Bréfritari: Þórunn Pálsdóttir
Viðtakandi: Páll Pálsson
Dagsetning: A-18xx-07-11
Skrifað á: Hallfreðarstöðum  N-Múl.
Páll var bróðir Þórunnar

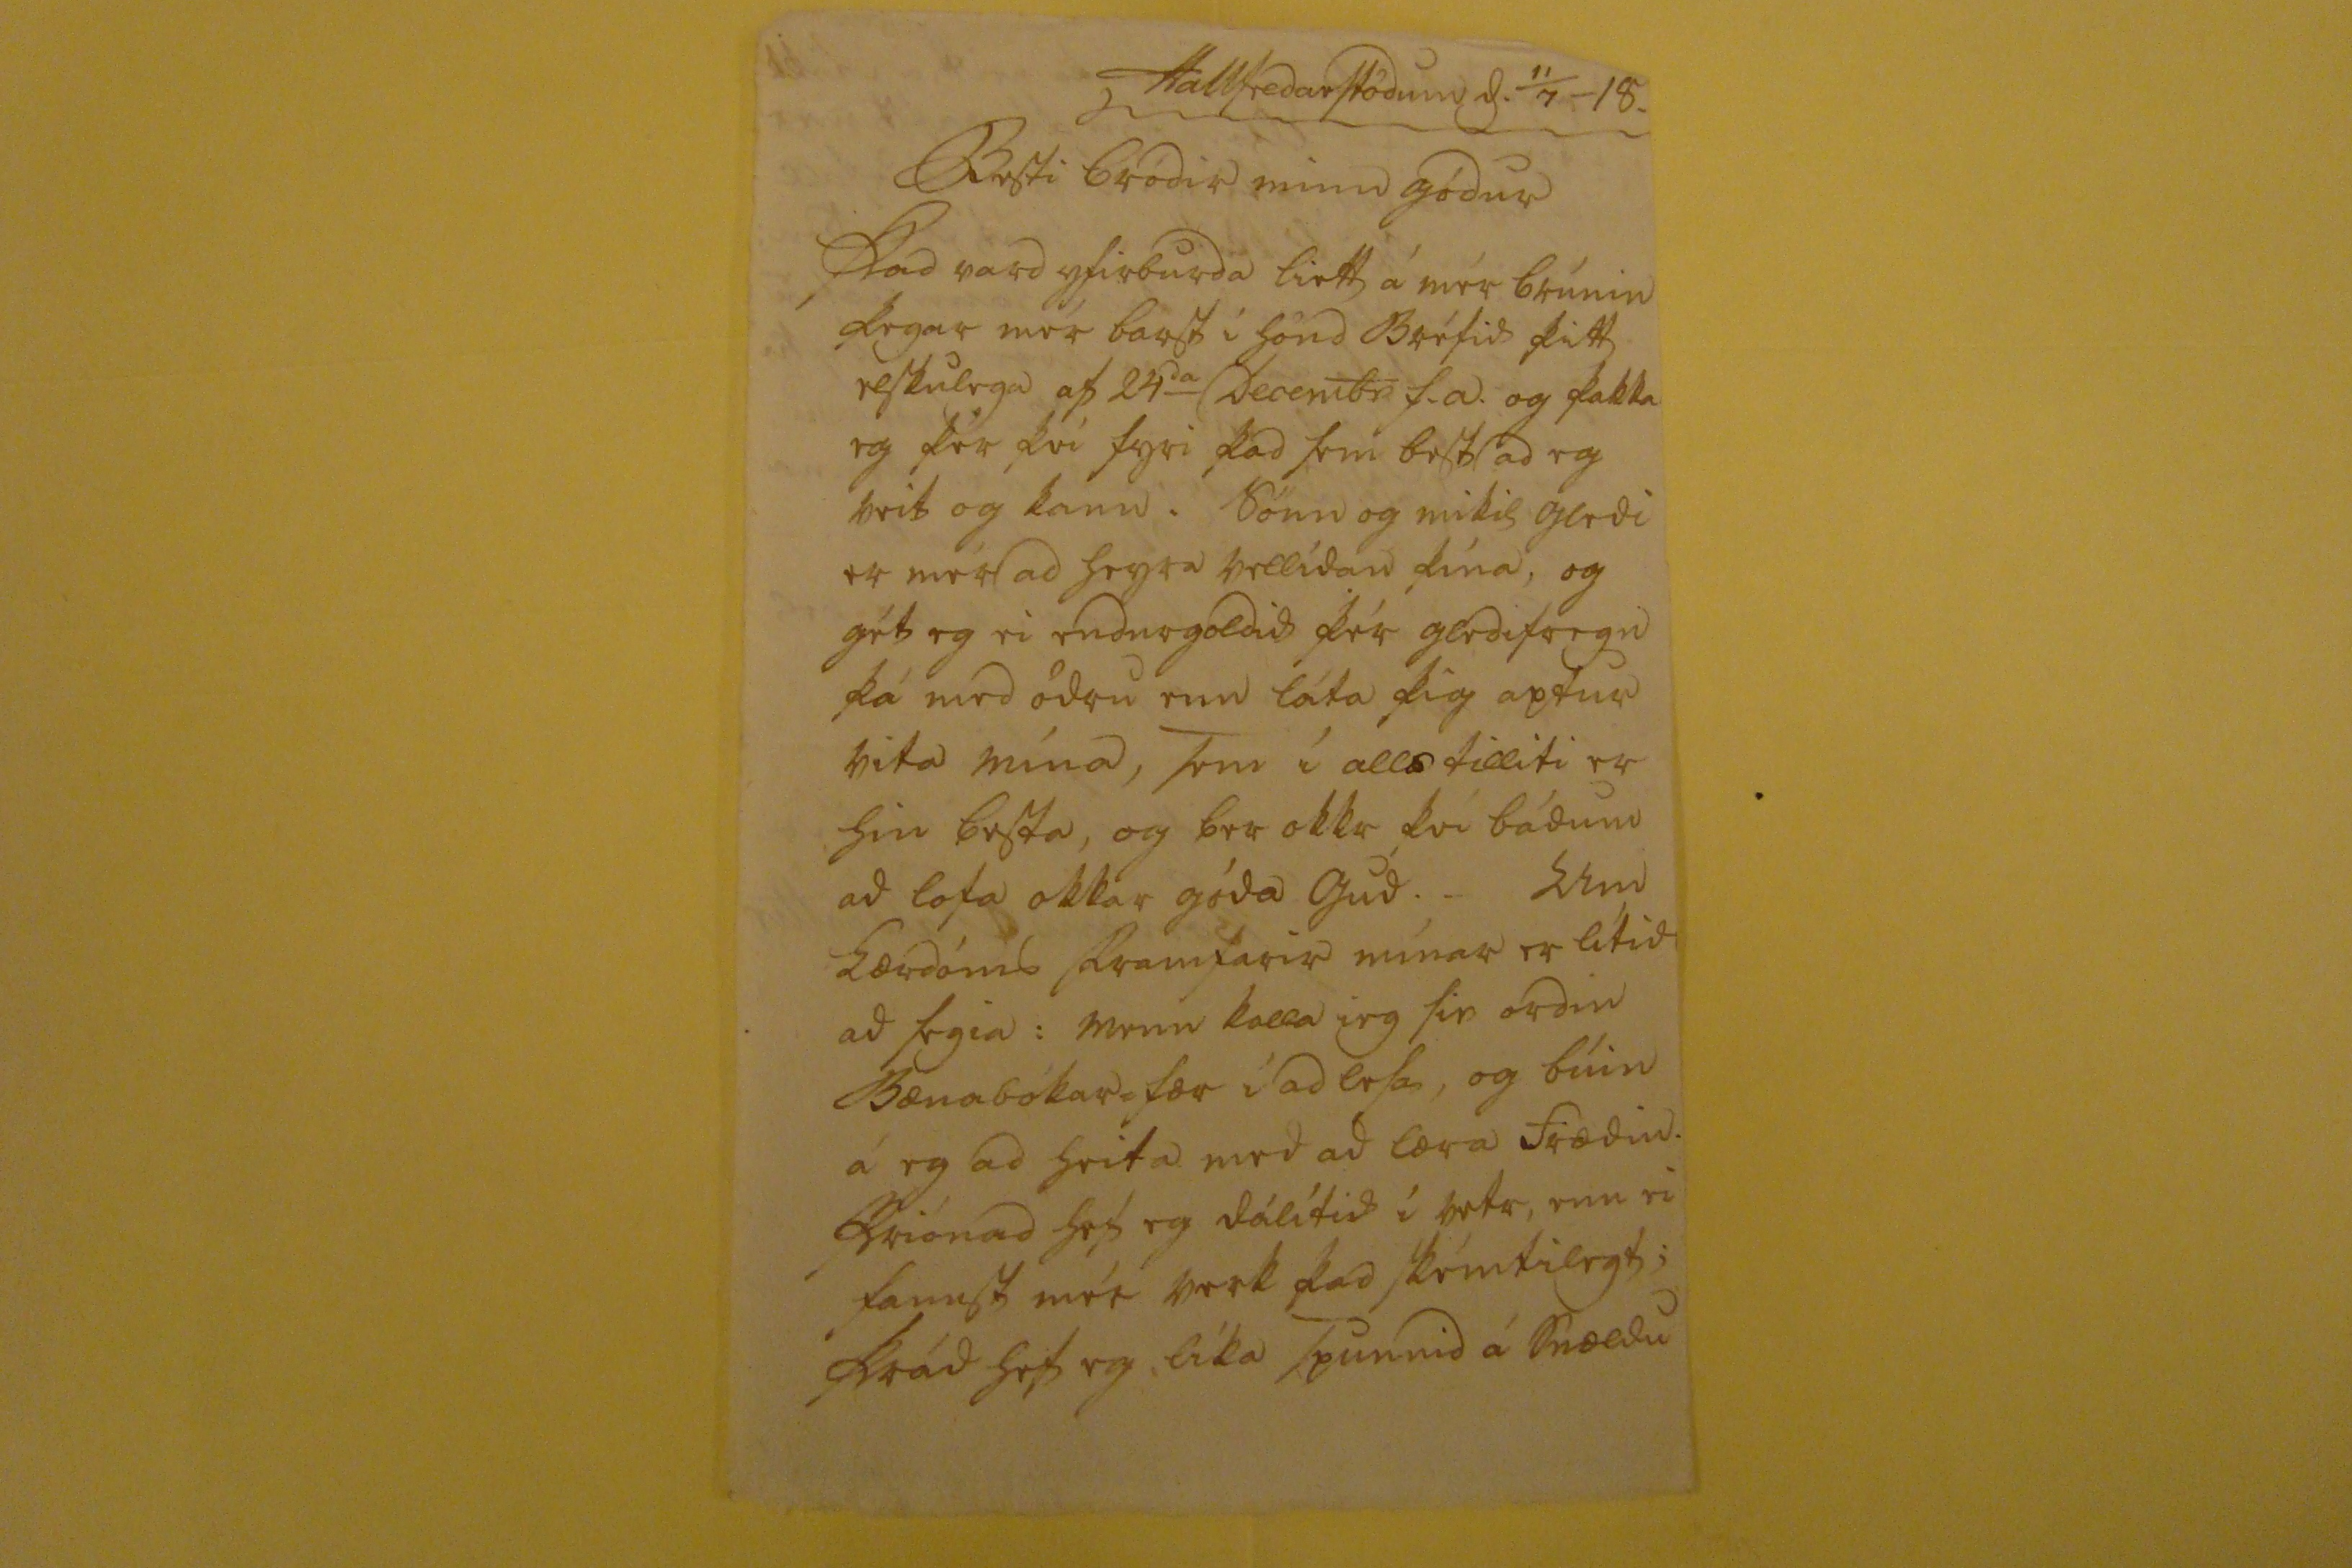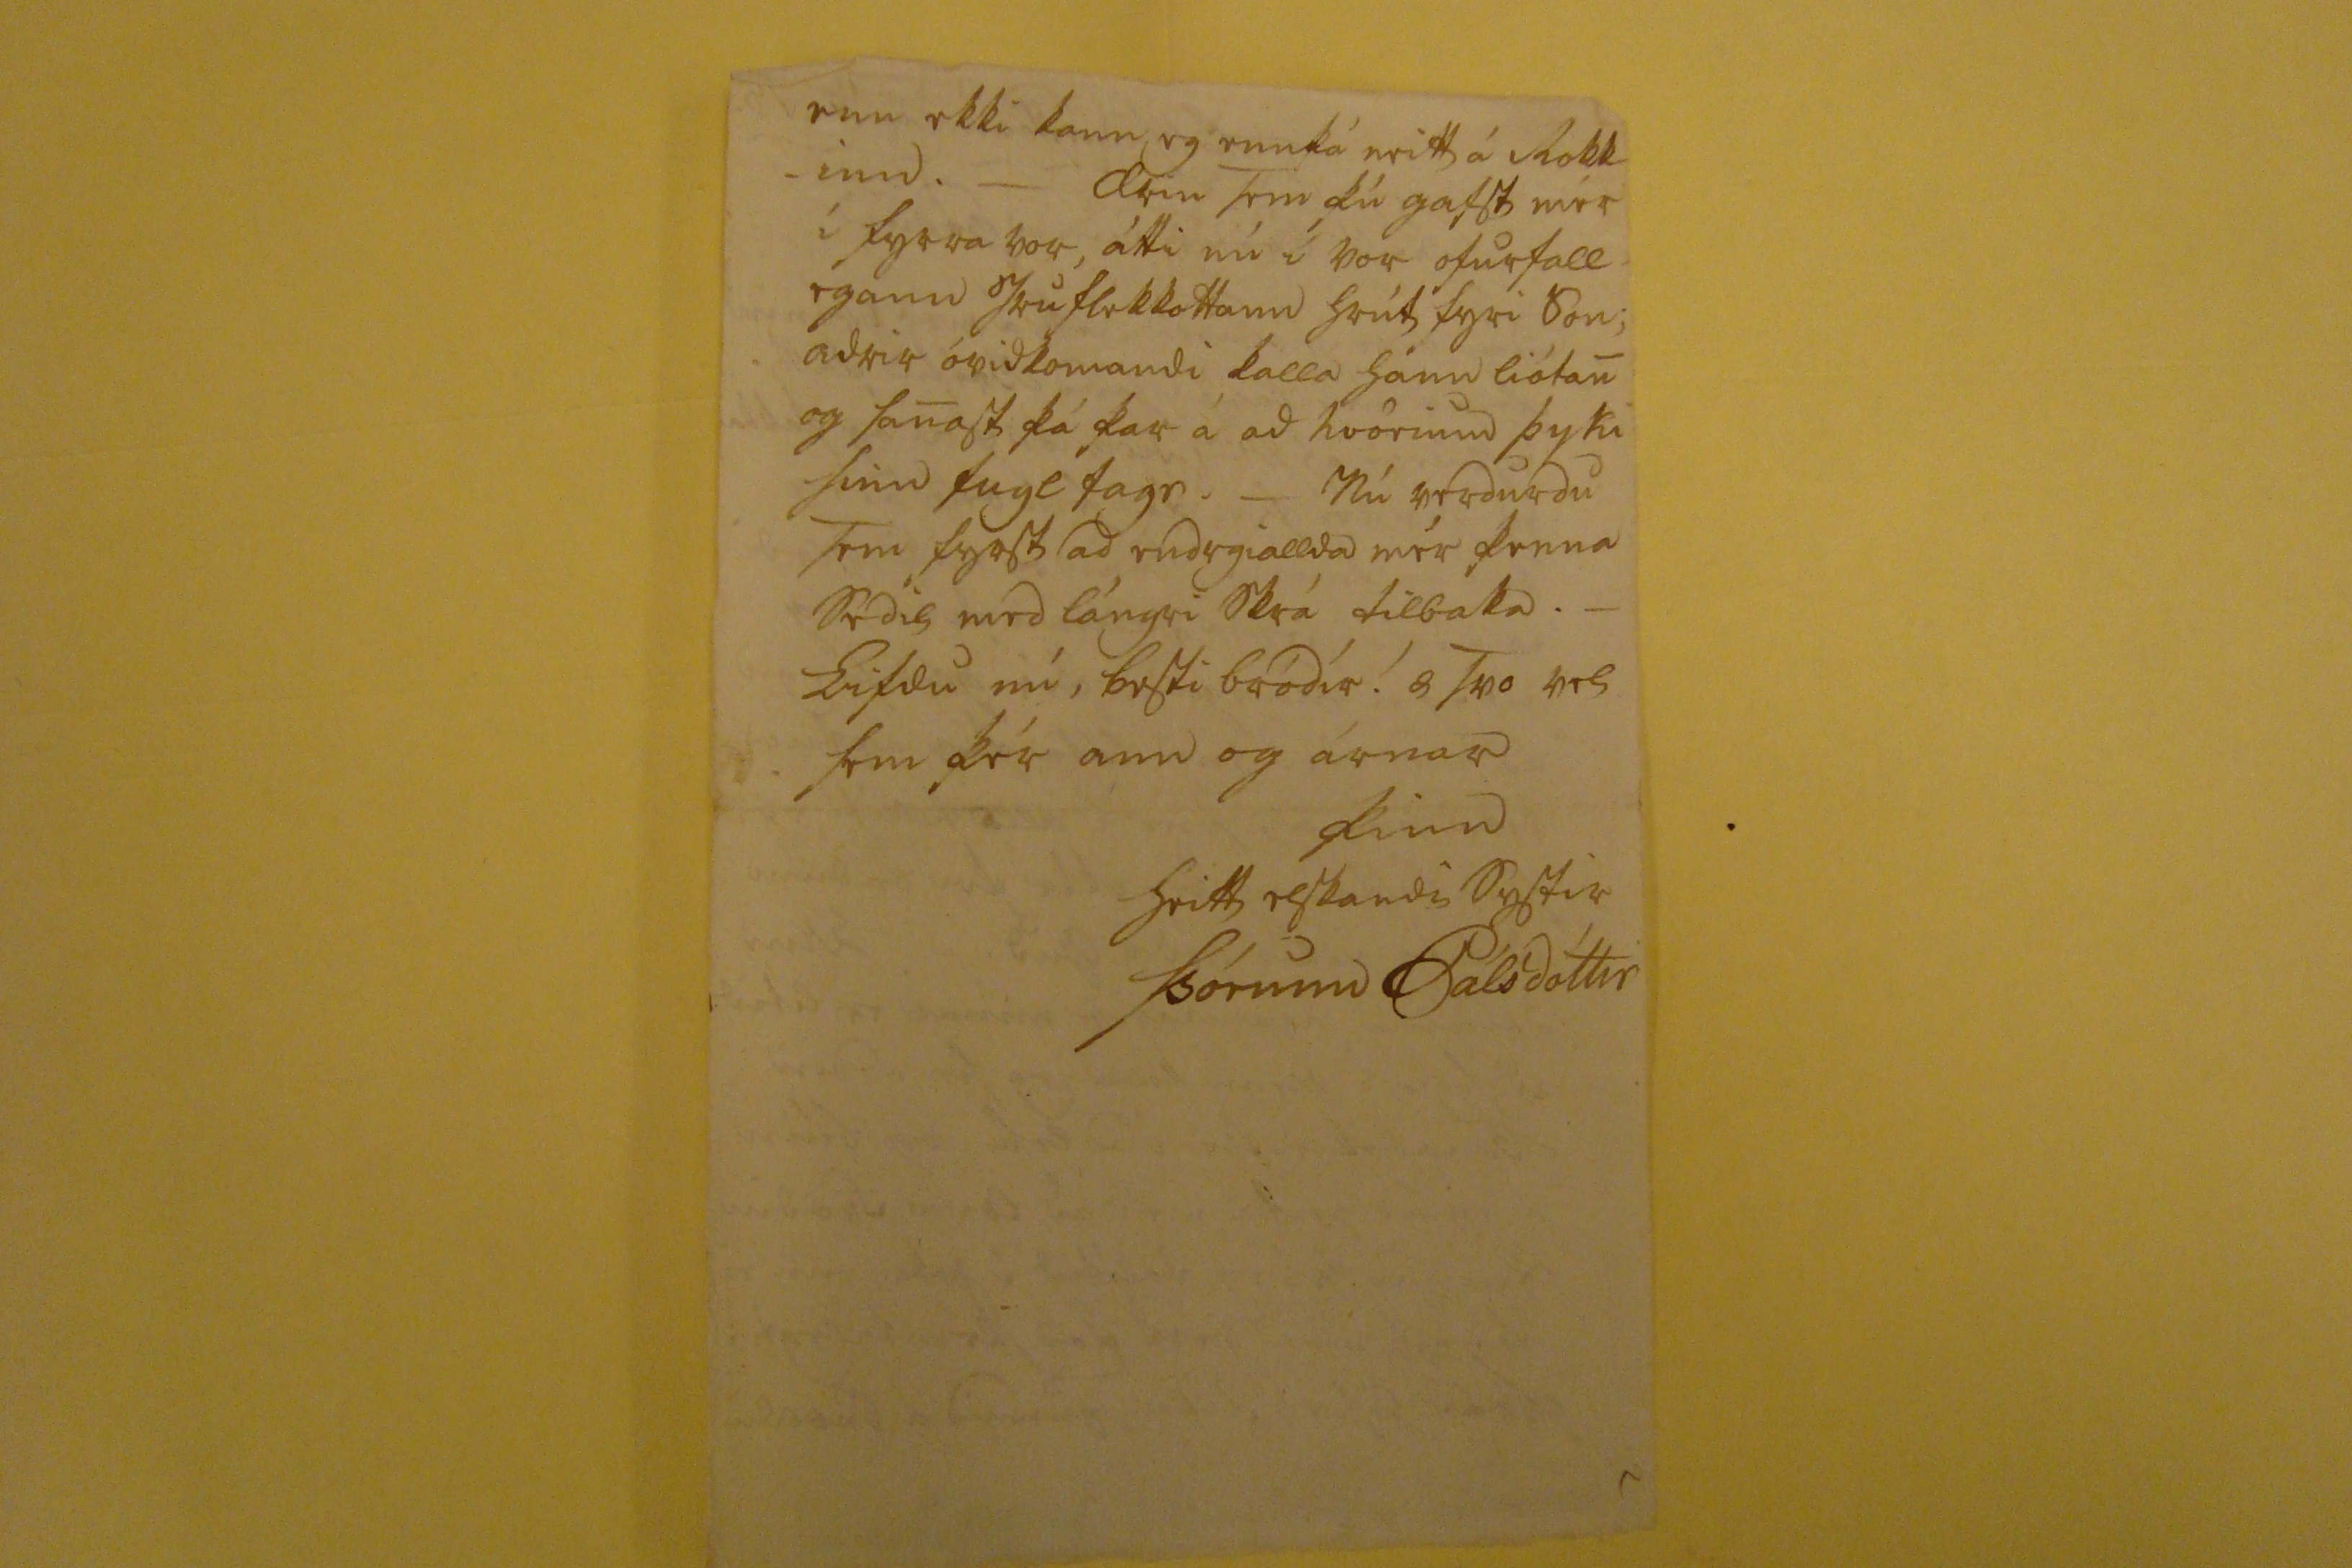

Hallfredarstödum d. 11/7 - 18.
Besti bródir minn gódur
Þad vard yfirburda liett á mér brúnin þegar mér barst i hönd bréfid þitt elskulega af 24
da
Decembr f.a. og þakka eg þér þvi fyri þad sem bref ad eg veit og kann. Sönn og mikil gledi er mér ad heyra vellídan þína, og gét eg ei endurgoldid þér gledifregn þá med ödru enn láta þig aptur vita mina, sem í allstilliti er hin besta, og ber okkr þvi bádum ad lofa okkar góda gud. _ Um lærdóms framfarir mínar er lítid ad segia: menn kalla ieg sie ordin Bænabókar=fær í ad lesa, og búin á eg ad heita med ad læra frædin priónad hef eg dálítid í vetu, enn ei fannst mér verk þad skémtilegt;
skrád
hef eg, líka spunnid á snældu
enn ekki kann eg ennþá neitt á Rokk- -inn. _ Arin sem þú gafst mér í fyrra vor, átti nú í vor ofurfall egann
s
sruflekkottann
hrút fyri son: adrir óvidkomandi kalla hann liótan og sanast þá þar á ad hvörum þyki sinn fugl fagr. _ Nú verdurdu sem fyrst ad endrgiallda mér þenna sedil med lángri skrá tilbaka. _ Lifdu nú, besti bródir æ svo vel sem þér ann og árnar
þinn heitt elskandi systir
Þórunn Pálsdóttir